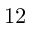
1 2